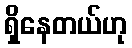
ရှိနေတယ်ဟု